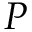
P